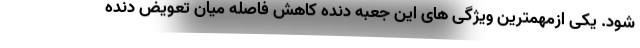
شود. یکی ازمهمترین ویژگی های این جعبه دنده کاهش فاصله میان تعویض دنده